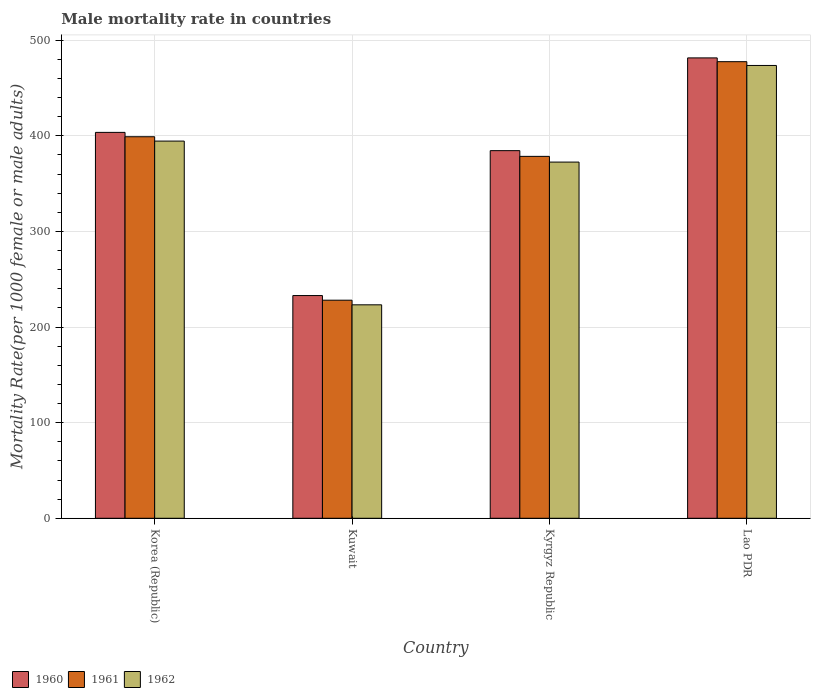
| Country | 1960 | 1961 | 1962 |
 | --- | --- | --- | --- |
 | Korea (Republic) | 404 | 399 | 394 |
 | Kuwait | 233 | 228 | 223 |
 | Kyrgyz Republic | 384 | 378 | 372 |
 | Lao PDR | 481 | 478 | 474 |